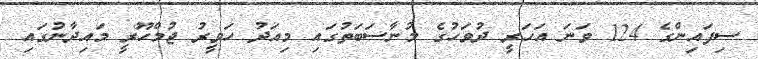
ސިފައިންގެ 124 ވަނަ އަހަރީ ދުވަހުގެ މުނާސަބަތުގައި މިއަދު ހަވީރު ޖުމްހޫރީ މައިދާނުގައި